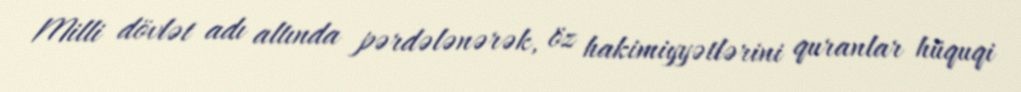
Milli dövlət adı altında pərdələnərək, öz hakimiyyətlərini quranlar hüquqi